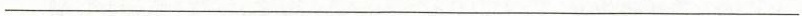
___